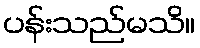
ပန်းသည်မသိ။